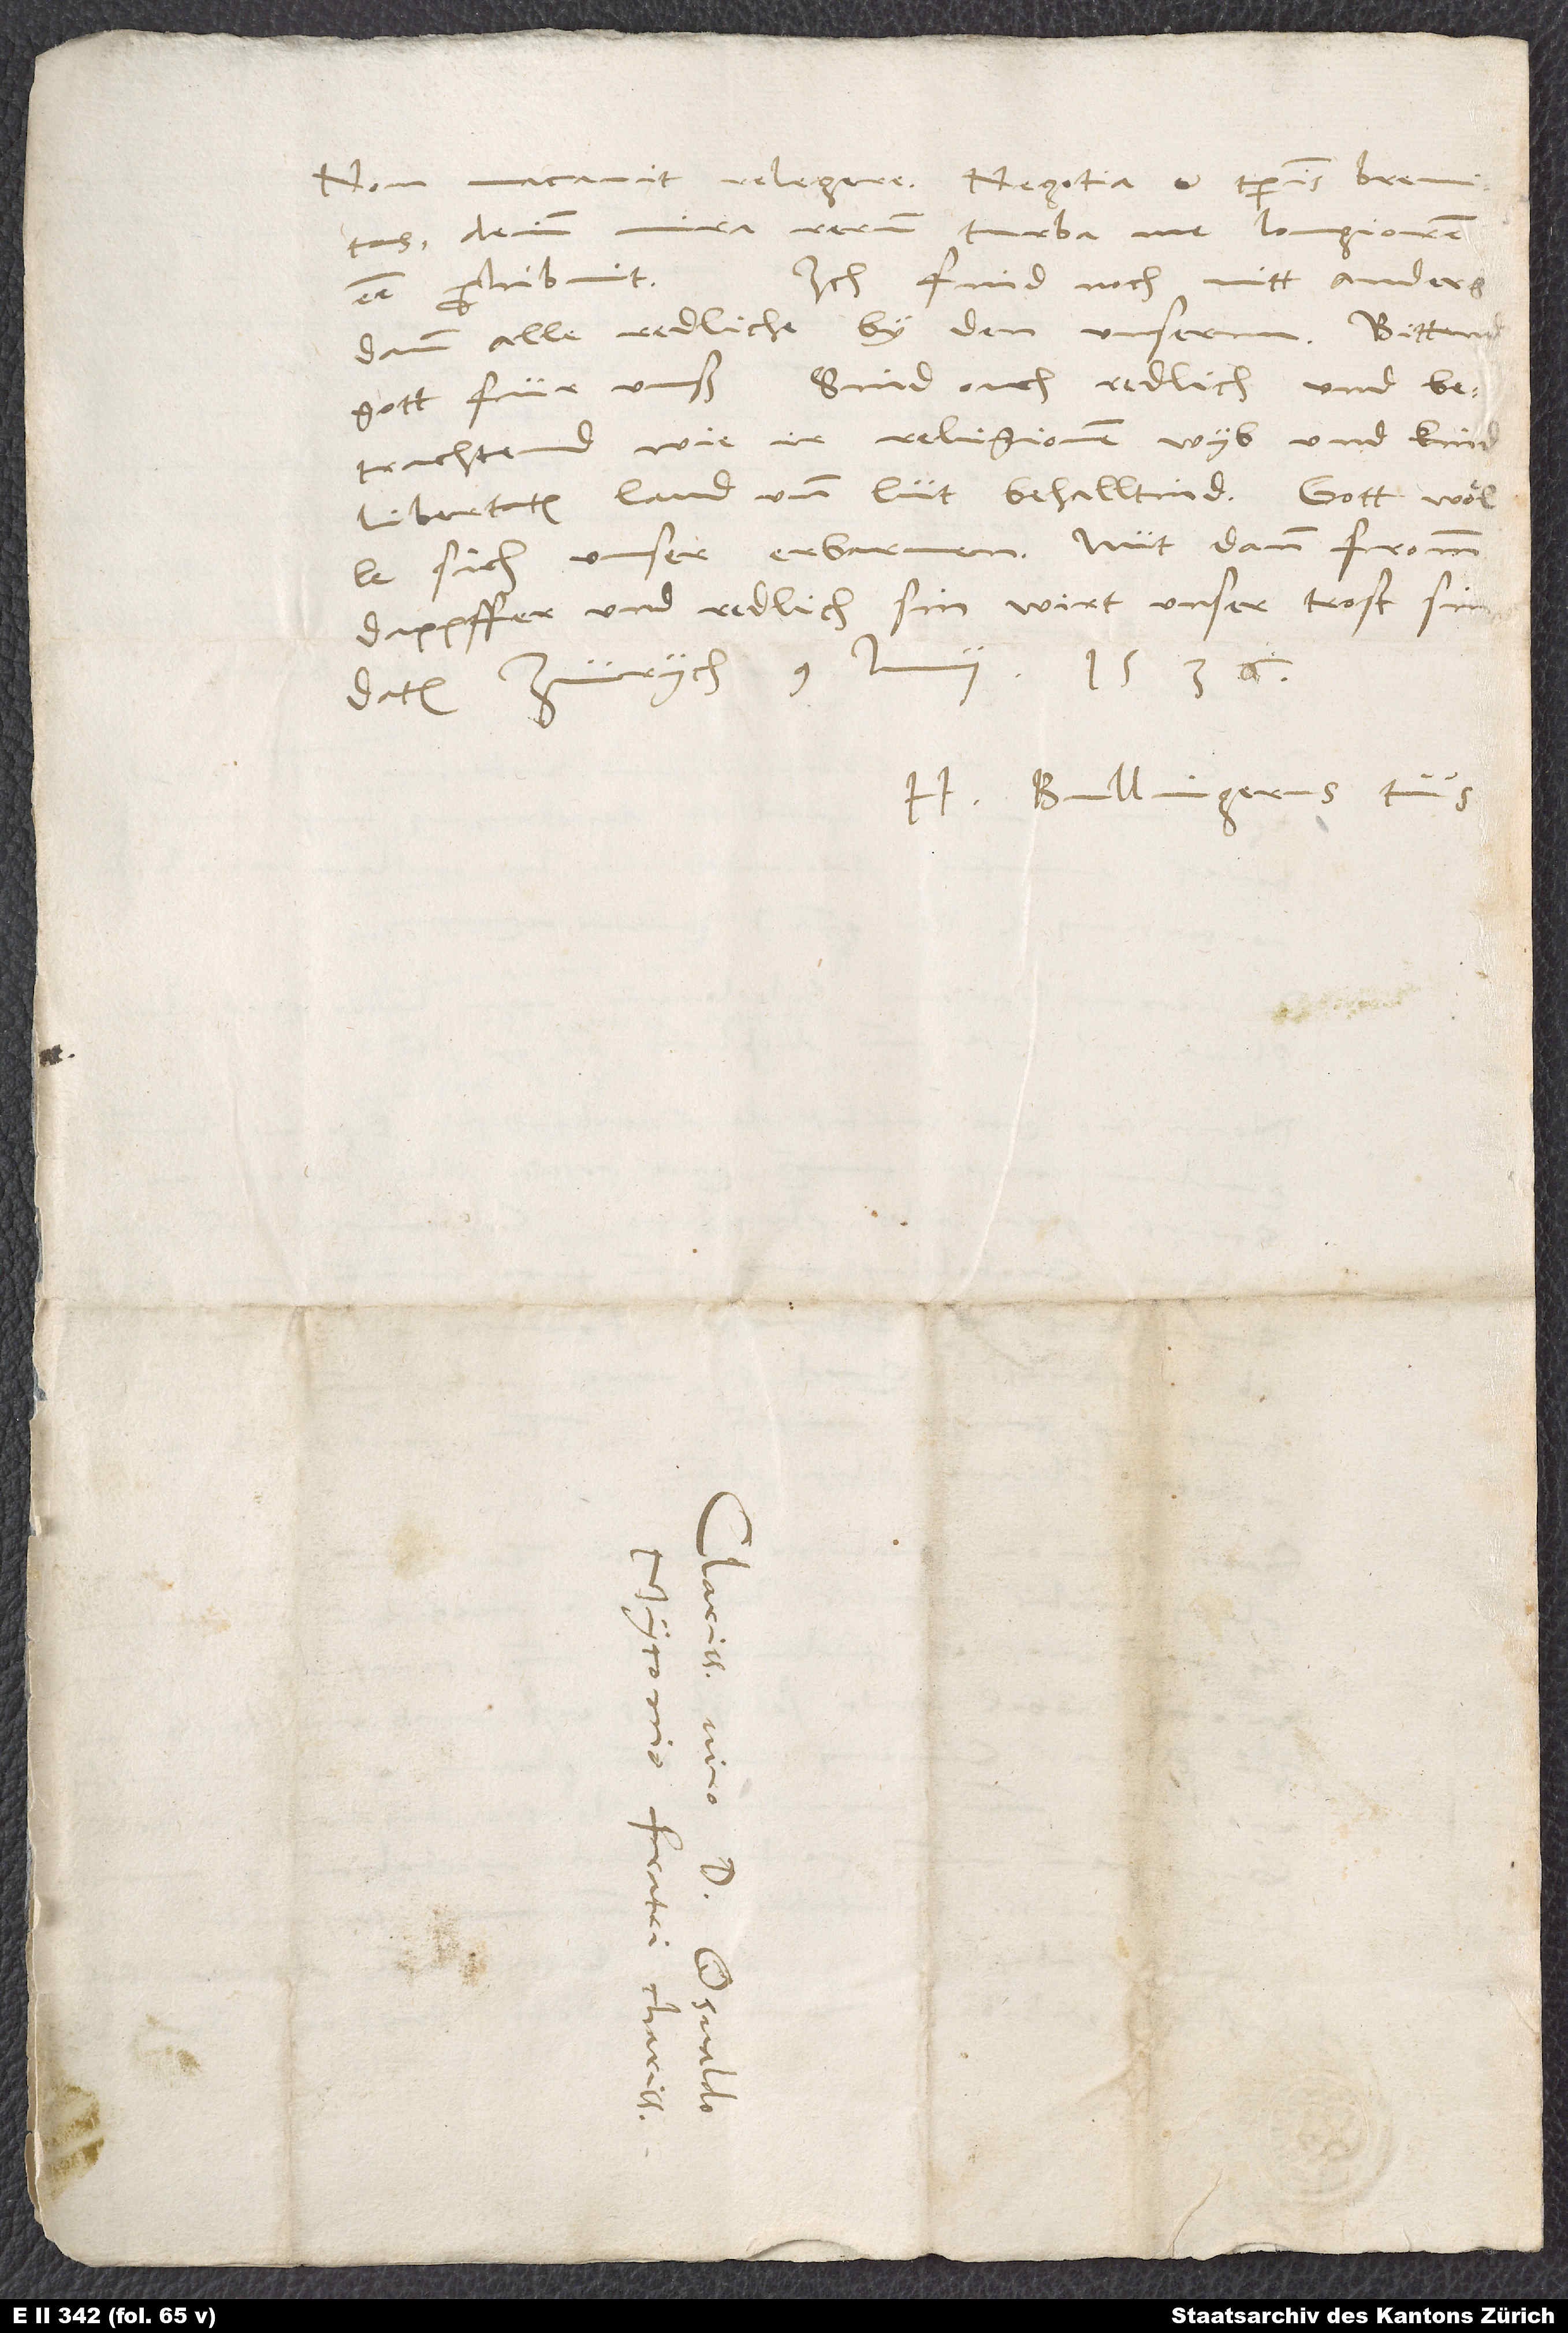
Non vacavit relegere. Negotia et temporis brevitas,
deinde mira rerum turba me Longiorem
Ich find noch nitt anders
esse prohibuit.
dann alle redliche by den unsernn. Bittend
gott für unß. Sind ouch redlich und
betrachtend, wie ir religionem, wyb und kind,
libertatem, land und lüt behalltind. Gott wölle
sich unser erbarmen. Nüt dann fromm,
dappffer und redlich sin, wirt unser trost sin.
Zürych, 9. iunii 1536.
H. Bullingerus tuus.
d.